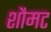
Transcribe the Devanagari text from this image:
शौमट